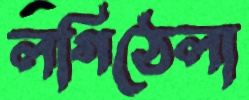
লগিঠেলা